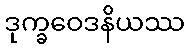
ဒုက္ခဝေဒနိယဿ